Leaving Certificate Examination, 1923
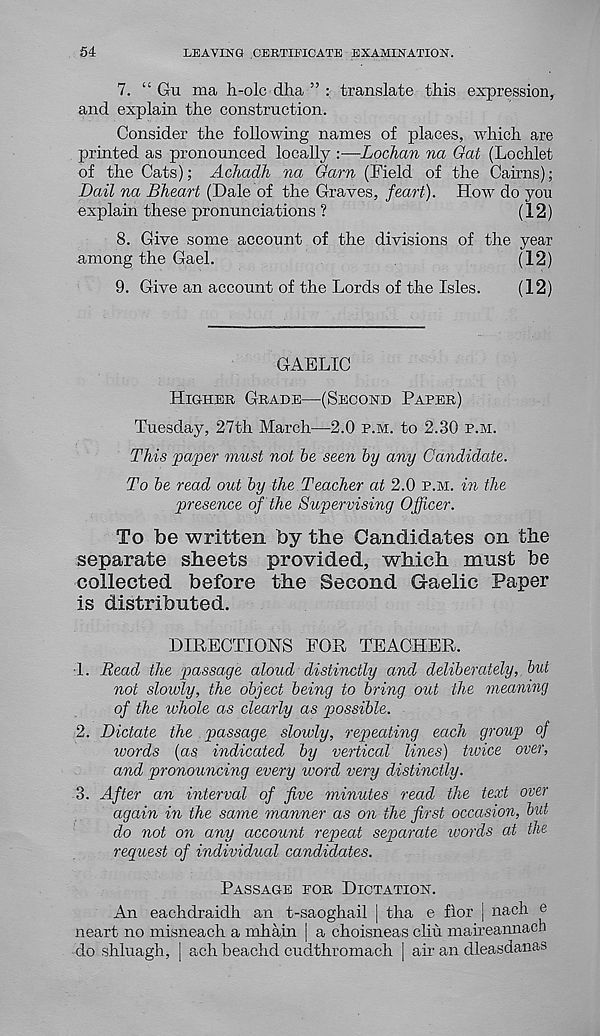
54
LEAVING CERTIFICATE EXAMINATION.
7. “ Gu ma h-olc dha ” : translate this expression,
and explain the construction.
Consider the following names of places, which are
printed as pronounced locally :■—Lochan na Gat (Lochlet
of the Cats); Achadh na Gam (Field of the Cairns);
Bail na Bheart (Dale of the Graves, feart). How do you
explain these pronunciations ?
(12)
8. Give some account of the divisions of the year
among the Gael.
(12)
9. Give an account of the Lords of the Isles.
(12)
GAELIC
Higher Grade—(Second Paper)
Tuesday, 27th March—2.0 p.m. to 2.30 p.m.
This paper must not be seen by any Candidate.
To be read out by the Teacher at 2.0 p.m. in the
presence of the Supervising Officer.
To be written by the Candidates on the
separate sheets provided, which must be
collected before the Second Gaelic Paper
is distributed.
DIRECTIONS FOR TEACHER.
•1. Bead the passage aloud distinctly and deliberately, but
not slowly, the object being to bring out the meaning
of the whole as clearly as possible.
2. Dictate the passage slowly, repeating each group of
words (as indicated by vertical lines) twice over,
and pronouncing every word very distinctly.
3. After an interval of five minutes read the text over
again in the same manner as on the first occasion, but
do not on any account repeat separate words at the
request of individual candidates.
Passage for Dictation.
An eachdraidh an t-saoghail | tha e fior | nach e
neart no misneach a mhain | a choisneas cliu maireannacn
do shluagh, | ach beachd cudthromach | air an dleasdanas